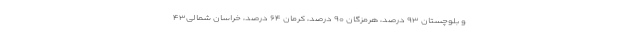
و بلوچستان ۹۳ درصد، هرمزگان ۹۰ درصد، کرمان ۶۴ درصد، خراسان شمالی۴۳